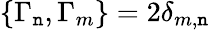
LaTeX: \{ \Gamma_{\mathtt{n}},\Gamma_{m}\} =2\delta_{m,\mathtt{n}}